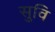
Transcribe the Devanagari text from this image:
सुवि